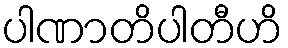
ပါဏာတိပါတီဟိ